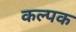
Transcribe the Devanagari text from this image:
कल्‍पक